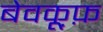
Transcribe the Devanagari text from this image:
बेवकू़फ़